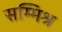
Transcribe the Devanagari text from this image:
सम्‍मिश्र